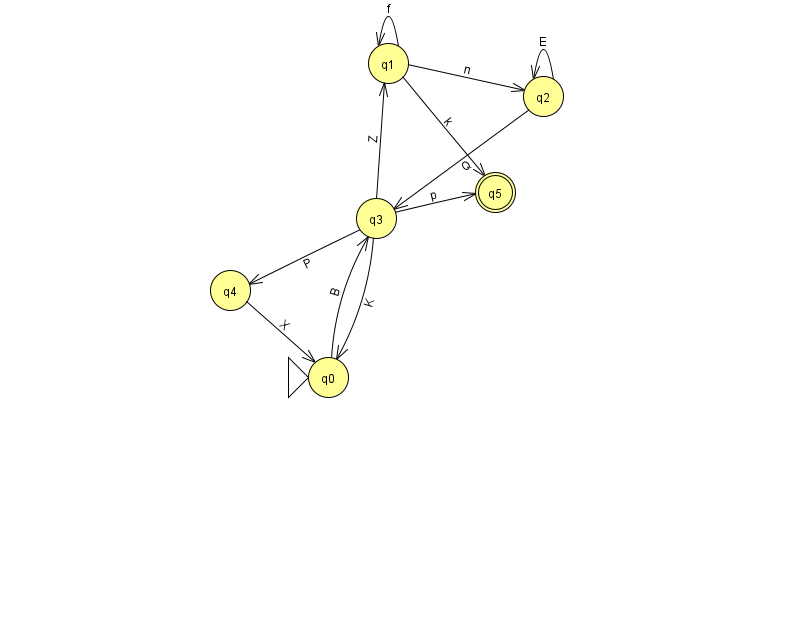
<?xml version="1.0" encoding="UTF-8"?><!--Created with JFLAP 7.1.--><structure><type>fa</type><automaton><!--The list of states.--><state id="0" name="q0"><x>328.0</x><y>364.0</y><initial/></state><state id="1" name="q1"><x>388.0</x><y>50.0</y></state><state id="2" name="q2"><x>543.0</x><y>83.0</y></state><state id="3" name="q3"><x>376.0</x><y>205.0</y></state><state id="4" name="q4"><x>230.0</x><y>277.0</y></state><state id="5" name="q5"><x>495.0</x><y>179.0</y><final/></state><!--The list of transitions.--><transition><from>1</from><to>5</to><read>k</read></transition><transition><from>2</from><to>3</to><read>Q</read></transition><transition><from>3</from><to>0</to><read>K</read></transition><transition><from>2</from><to>2</to><read>E</read></transition><transition><from>1</from><to>1</to><read>f</read></transition><transition><from>3</from><to>4</to><read>P</read></transition><transition><from>3</from><to>5</to><read>p</read></transition><transition><from>1</from><to>2</to><read>n</read></transition><transition><from>0</from><to>3</to><read>B</read></transition><transition><from>3</from><to>1</to><read>Z</read></transition><transition><from>4</from><to>0</to><read>X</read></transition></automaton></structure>